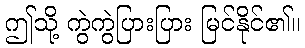
ဤသို့ ကွဲကွဲပြားပြား မြင်နိုင်၏။